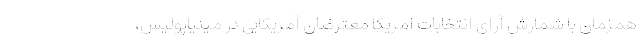
همزمان با شمارش آرای انتخابات امریکا معترضان آمریکایی در مینیاپولیس،